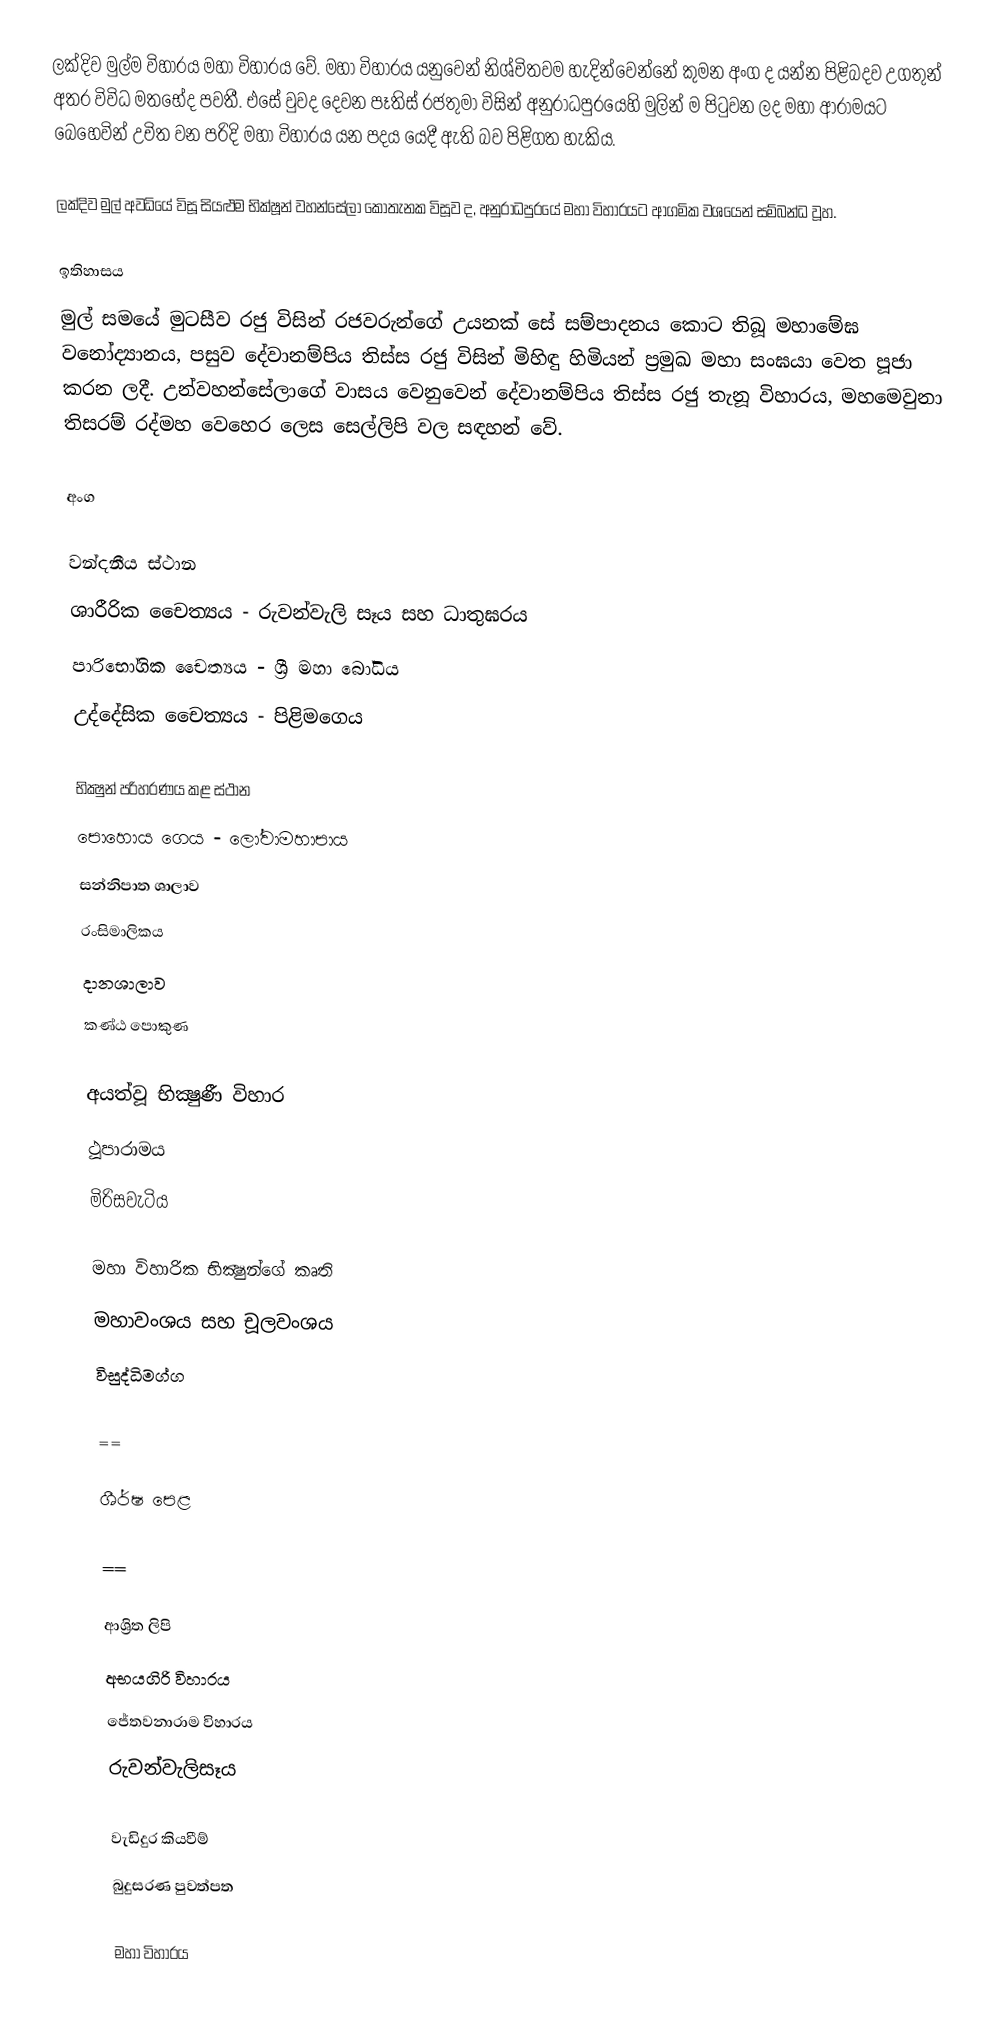
ලක්දිව මුල්ම විහාරය මහා විහාරය වේ. මහා විහාරය යනුවෙන් නිශ්චිතවම හැදින්වෙන්නේ කුමන අංග ද යන්න පිළිබදව උගතුන් අතර විවිධ මතභේද පවතී. එසේ වුවද දෙවන පෑතිස් රජතුමා විසින් අනුරාධපුරයෙහි මුලින් ම පිටුවන ලද මහා ආරාමයට බෙහෙවින් උචිත වන පරිදි මහා විහාරය යන පදය යෙදී ඇති බව පිළිගත හැකිය.

ලක්දිව මුල් අවධියේ විසූ සියළුම භික්ෂූන් වහන්සේලා කොතැනක විසූව ද, අනුරාධපුරයේ මහා විහාරයට ආගමික වශයෙන් සම්බන්ධ වූහ.

ඉතිහාසය
මුල් සමයේ මුටසීව රජු විසින් රජවරුන්ගේ උයනක් සේ සම්පාදනය කොට තිබූ මහාමේඝ වනෝද්‍යානය, පසුව දේවානම්පිය තිස්ස රජු විසින් මිහිඳු හිමියන් ප්‍රමුඛ මහා සංඝයා වෙත පූජා කරන ලදී. උන්වහන්සේලාගේ වාසය වෙනුවෙන් දේවානම්පිය තිස්ස රජු තැනූ විහාරය, මහමෙවුනා තිසරම් රද්මහ වෙහෙර ලෙස සෙල්ලිපි වල සඳහන් වේ.

අංග

වන්දනීය ස්ථාන
 ශාරීරික චෛත්‍යය - රුවන්වැලි සෑය සහ ධාතුඝරය
 පාරිභෝගික චෛත්‍යය - ශ්‍රී  මහා බෝධිය
 උද්දේසික චෛත්‍යය - පිළිමගෙය

භික්‍ෂුන් පරිහරණය කළ ස්ථාන
 පොහොය ගෙය - ලෝවාමහාපාය
 සන්නිපාත ශාලාව
  රංසිමාලිකය
 දානශාලාව
 කණ්ඨ පොකුණ

අයත්වූ භික්‍ෂුණී විහාර
 ථූපාරාමය
 මිරිසවැටිය

මහා විහාරික භික්‍ෂුන්ගේ කෘති
 මහාවංශය සහ චූලවංශය
 විසුද්ධිමග්ග

==

ශීර්ෂ පෙළ

 ==

ආශ්‍රිත ලිපි
 අභයගිරි විහාරය
 ජේතවනාරාම විහාරය
 රුවන්වැලිසෑය

වැඩිදුර කියවීම්
 බුදුසරණ පුවත්පත

මහා විහාරය